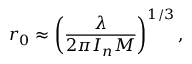
r _ { 0 } \approx \left( \frac { \lambda } { 2 \pi I _ { n } M } \right) ^ { 1 / 3 } ,